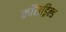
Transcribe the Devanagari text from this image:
क्रॉसड्रिल्ड